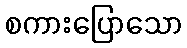
စကားပြောသော